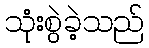
သုံးစွဲခဲ့သည်